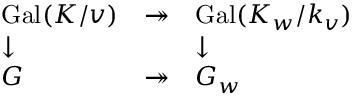
\begin{array} { l l l } { \operatorname { G a l } ( K / v ) } & { \twoheadrightarrow } & { \operatorname { G a l } ( K _ { w } / k _ { v } ) } \\ { \downarrow } & { } & { \downarrow } \\ { G } & { \twoheadrightarrow } & { G _ { w } } \end{array}